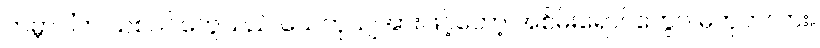
ကမ္ဘာပါ်က သစ်ပင်တွေသည် ယေဘုယျအားဖြင့်တော့ အစိမ်းရောင်တွေပဲ မဟုတ်လား။